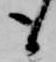
も